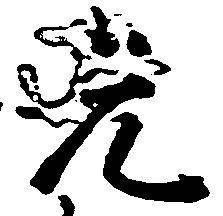
先